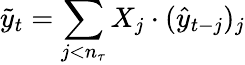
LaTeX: \tilde{y}_{t}=\sum_{j<n_{\tau}}X_{j}\cdot(\hat{y}_{t-j})_{j}